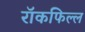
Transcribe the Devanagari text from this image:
रॉकफिल्ल